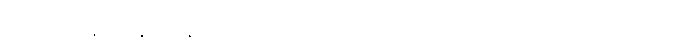
လက်၌အချည်းနှီး။ ဂန္တုံ၊ သွားခြင်းငှာ။ အယုတ္တံ၊ မသင့်။” ဣတိ၊ ဤသို့။ (စိန္တေသိ၊